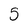
Character: 5